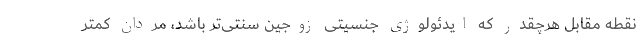
نقطه مقابل هرچقدر که ایدئولوژی جنسیتی زوجین سنتی‌تر باشد، مردان کمتر